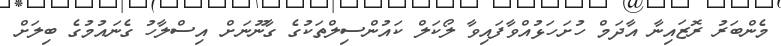
މެންބަރު ރޮޒައިނާ އާދަމް ހުށަހަޅުއްވާފައިވާ ލޯކަލް ކައުންސިލްތަކުގެ ގާނޫނަށް އިސްލާހު ގެނައުމުގެ ބިލަށް